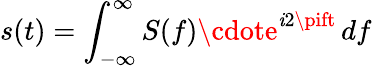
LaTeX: s(t)=\int_{-\infty}^{\infty}S(f)\cdote^{\mathit{i}2\pift}\, df